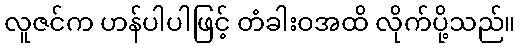
လူဇင်က ဟန်ပါပါဖြင့် တံခါးဝအထိ လိုက်ပို့သည်။